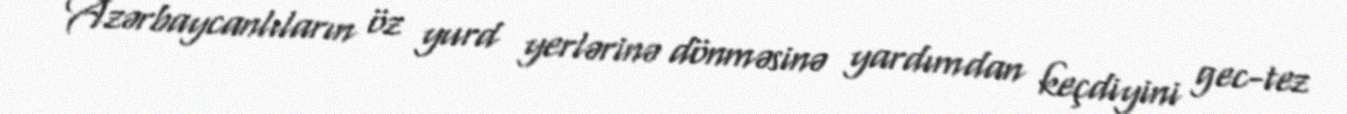
Azərbaycanlıların öz yurd yerlərinə dönməsinə yardımdan keçdiyini gec-tez